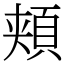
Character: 頬